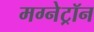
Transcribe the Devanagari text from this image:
मग्नेट्रॉन